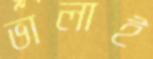
ভালাই